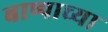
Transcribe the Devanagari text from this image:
बाष्पाच्या